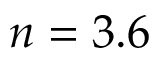
n = 3 . 6